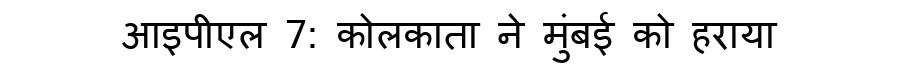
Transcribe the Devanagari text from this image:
आइपीएल 7: कोलकाता ने मुंबई को हराया